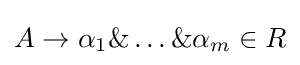
A\rightarrow \alpha _{1}\&\ldots \&\alpha _{m}\in R